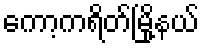
ကော့ကရိတ်မြို့နယ်